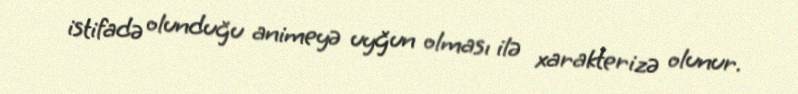
istifadə olunduğu animeyə uyğun olması ilə xarakterizə olunur.